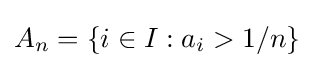
A_{n}=\left\{i\in I:a_{i}>1/n\right\}